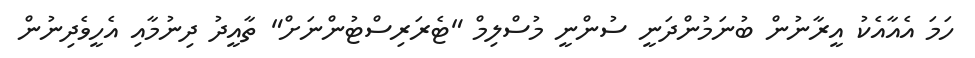
ހަމަ އެއާއެކު އީރާނުން ބުނަމުންދަނީ ސުންނީ މުސްލިމް "ޓެރަރިސްޓުންނަށް" ތާއީދު ދިނުމާއި އެހީވެދިނުން